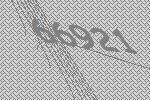
66921